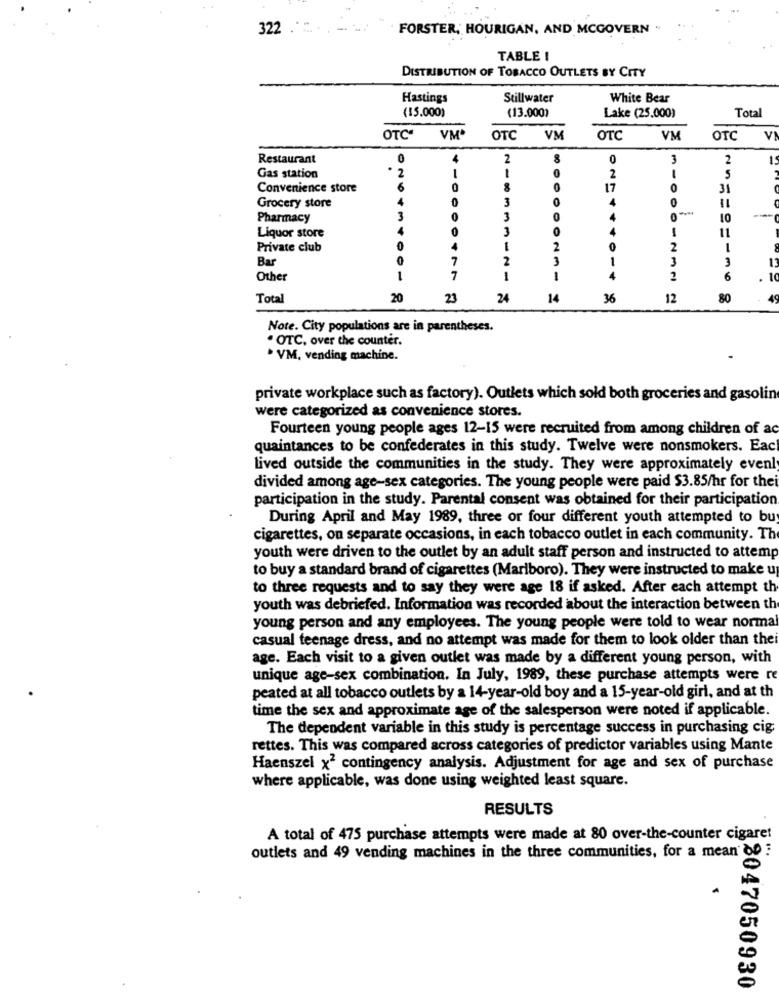
322
FORSTER, HOURIGAN, AND MCGOVERN "
TABLE !
DISTRIBUTION OF TOBACCO OUTLETS BY CITY
Hastings
Stillwater
White Bear
(13.000)
Total
(15.000)
Lake (25.000)
OTC
VM*
OTC
VM
OTC
VM
OTC
V
Restaurant
0
2
0
3
2
2
Gas station
2
S
Convenience store
6
8
17
31
3
0
4
0
Grocery store
01
Pharmacy
3
O
3
Liquor store
3
0
1
11
Private club
0
1
2
2
Bar
0
7
2
3
1
3
3
Other
1
7
0477
1
1
4
2
6
.
10
Total
20
23
24
14
36
12
80
Note. City populations are in parentheses.
. OTC, over the counter.
. VM, vending machine.
private workplace such as factory). Outlets which sold both groceries and gasolin
were categorized as convenience stores.
Fourteen young people ages 12-15 were recruited from among children of ac
quaintances to be confederates in this study. Twelve were nonsmokers. Eac
lived outside the communities in the study. They were approximately evenly
divided among age-sex categories. The young people were paid $3.85/hr for thei
participation in the study. Parental consent was obtained for their participation
During April and May 1989, three or four different youth attempted to buy
cigarettes, on separate occasions, in each tobacco outlet in each community. Th
youth were driven to the outlet by an adult staff person and instructed to attemp
to buy a standard brand of cigarettes (Marlboro). They were instructed to make u
to three requests and to say they were age 18 if asked. After each attempt th
youth was debriefed. Information was recorded about the interaction between th
young person and any employees. The young people were told to wear normal
casual teenage dress, and no attempt was made for them to look older than thei
age. Each visit to a given outlet was made by a different young person, with
unique age-sex combination. In July, 1989, these purchase attempts were re
peated at all tobacco outlets by a 14-year-old boy and a 15-year-old girl, and at th
time the sex and approximate age of the salesperson were noted if applicable.
The dependent variable in this study is percentage success in purchasing cig
rettes. This was compared across categories of predictor variables using Mante
Haenszel x2 contingency analysis. Adjustment for age and sex of purchase
where applicable, was done using weighted least square.
RESULTS
A total of 475 purchase attempts were made at 80 over-the-counter cigaret
outlets and 49 vending machines in the three communities, for a mean dD :
18047050930